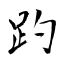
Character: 趵